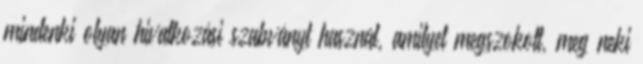
mindenki olyan hivatkozási szabványt használ, amilyet megszokott, meg neki